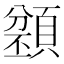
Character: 𩔌